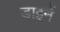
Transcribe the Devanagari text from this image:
डाइनें